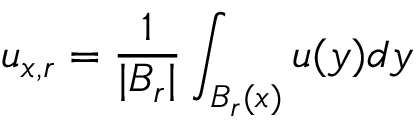
u _ { x , r } = { \frac { 1 } { | B _ { r } | } } \int _ { B _ { r } ( x ) } u ( y ) d y